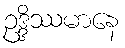
ဥဒ္ဒိဿမာနေ